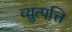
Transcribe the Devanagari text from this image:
व्य़ुत्पत्ति